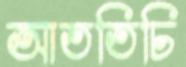
আততিচি